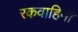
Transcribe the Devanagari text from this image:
रकवाहिनी